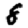
Digit: 8